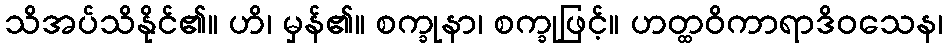
သိအပ်သိနိုင်၏။ ဟိ၊ မှန်၏။ စက္ခုနာ၊ စက္ခုဖြင့်။ ဟတ္ထဝိကာရာဒိဝသေန၊